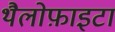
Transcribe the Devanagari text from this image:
थैलोफ़ाइटा